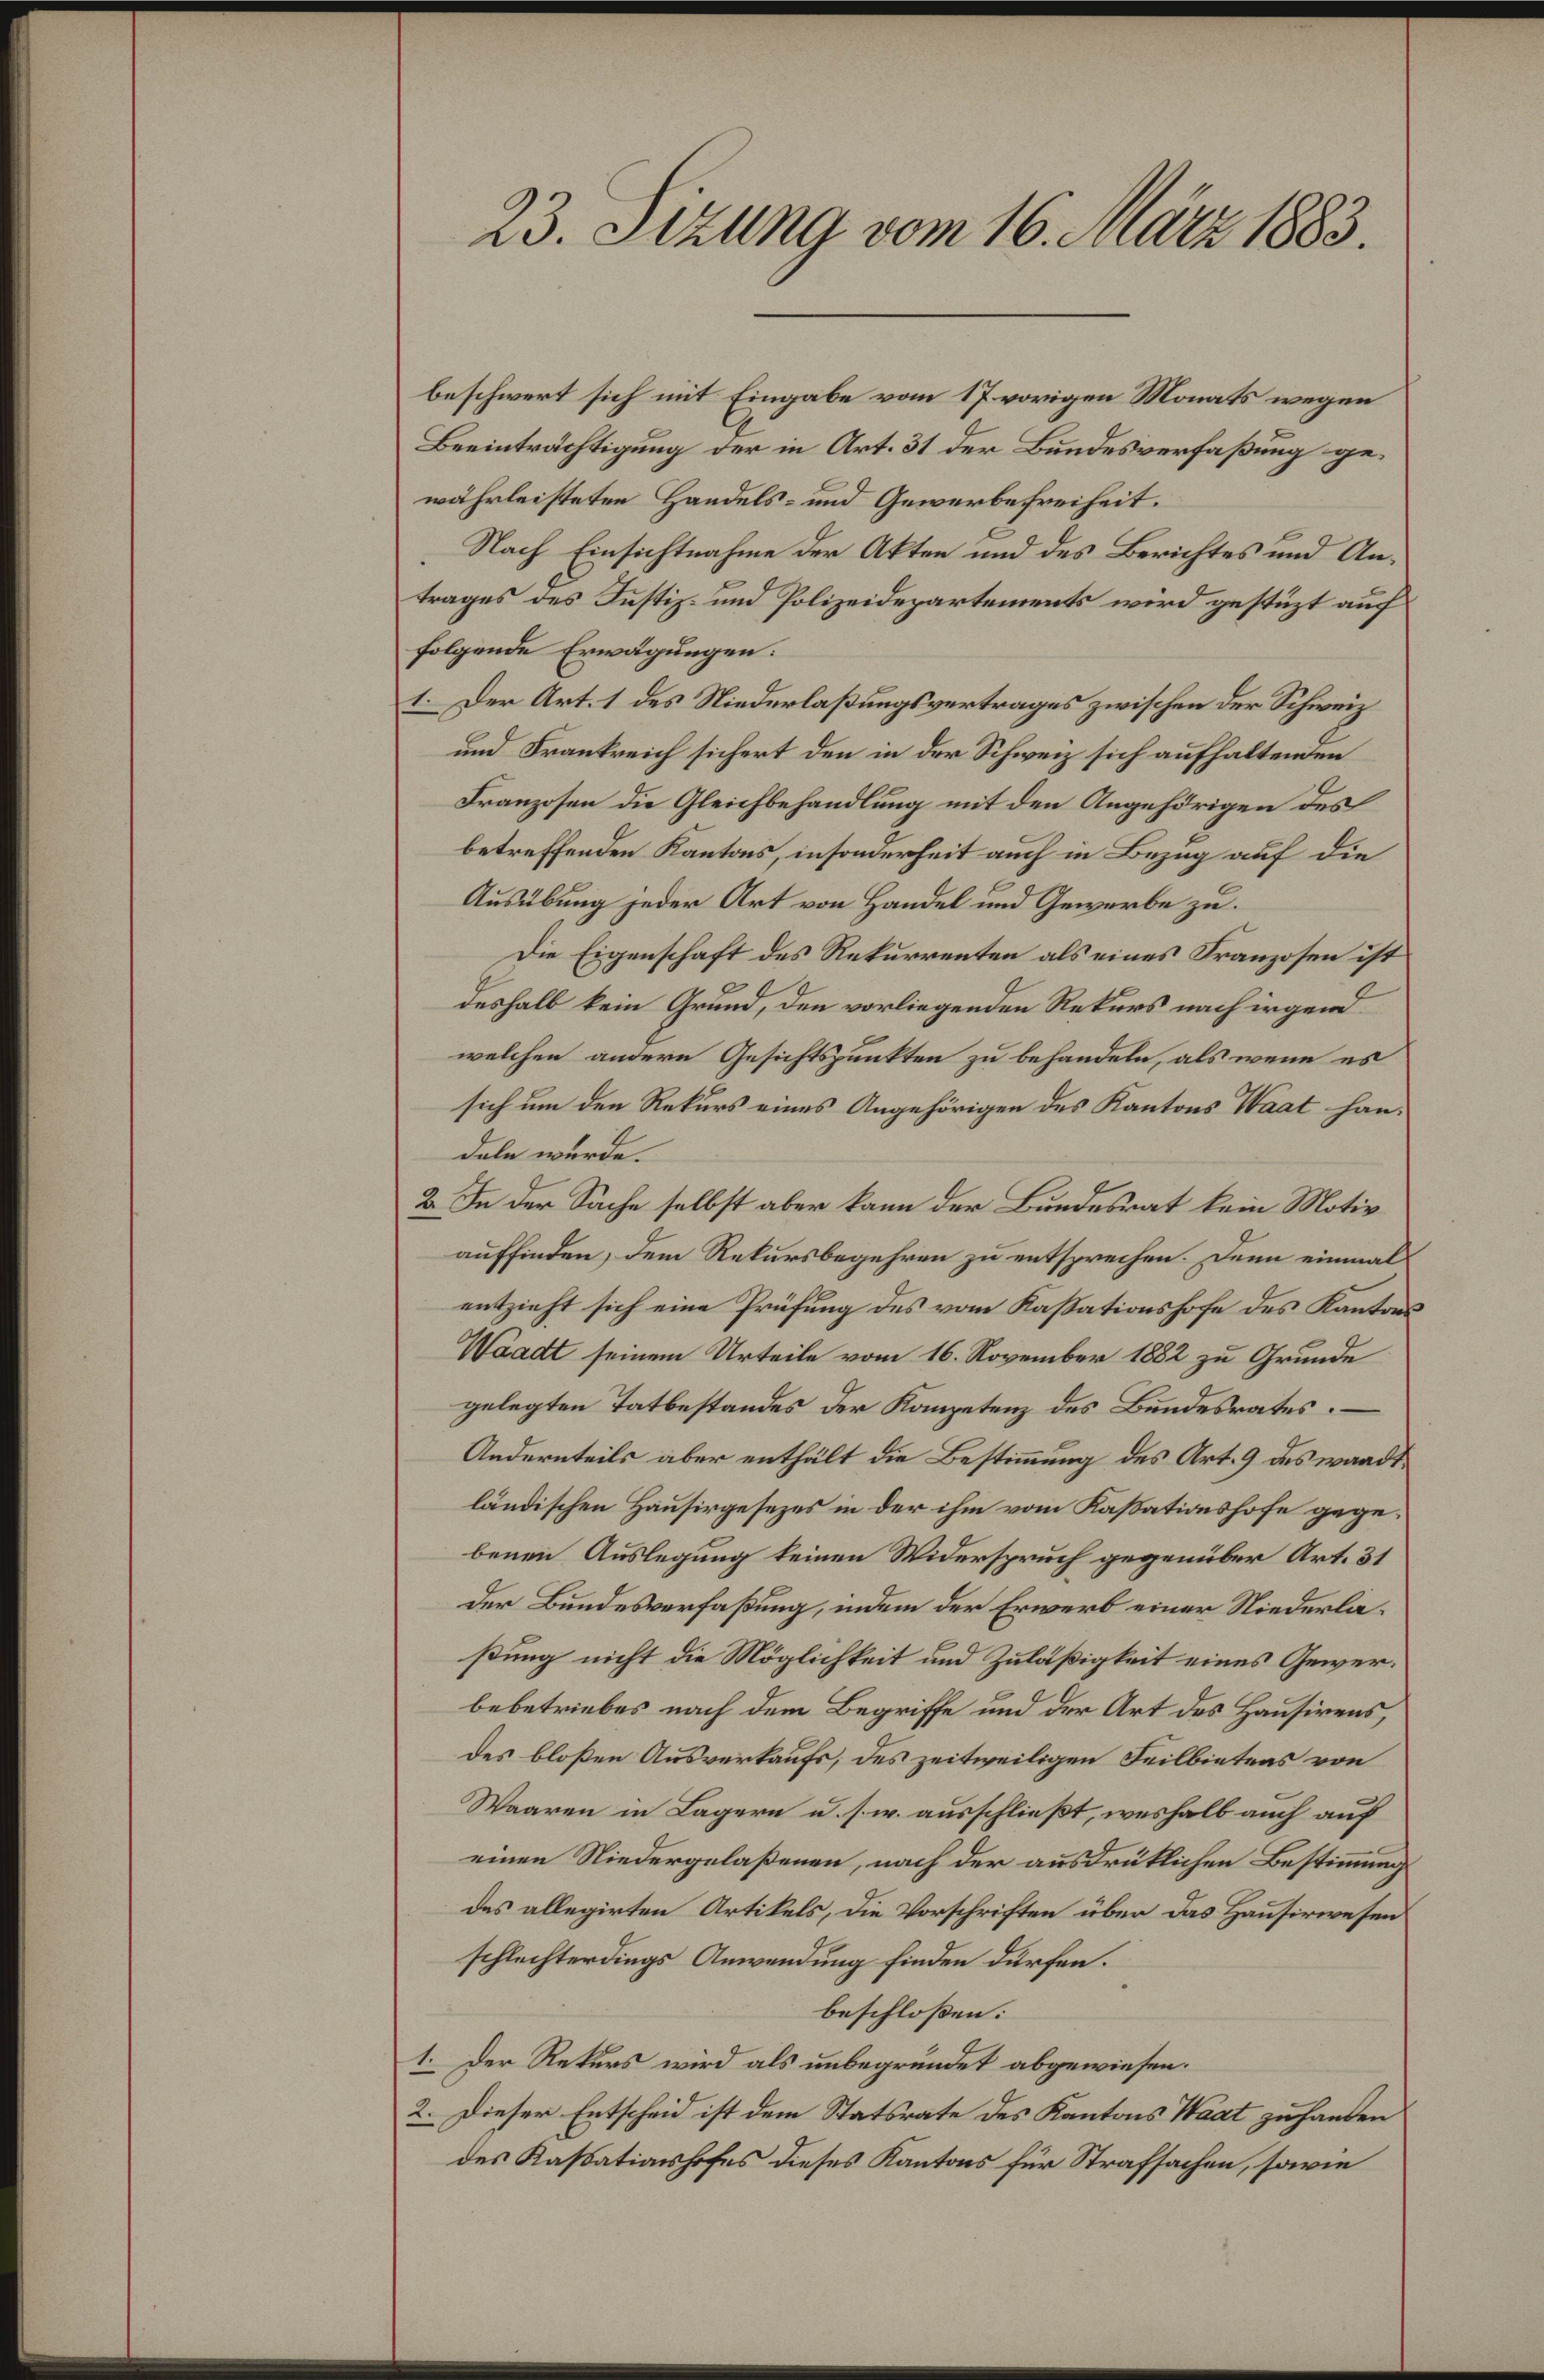
23. Sizung vom 16. März 1883.

beschwert sich mit Eingabe vom 17. vorigen Monats wegen
Beeinträchtigung der in Art. 31 der Bundesverfaßung gewährleisteten Handels- und Gewerbefreiheit.
Nach Einsichtnahme der Akten und des Berichtes und Antrages des Justiz- und Polizeidepartements wird gestüzt auf
folgende Erwägungen:
1. Der Art. 1 des Niederlaßungsvertrages zwischen der Schweiz
und Frankreich sichert den in der Schweiz sich aufhaltenden
Franzosen die Gleichbehandlung mit den Angehörigen des
betreffenden Kantons, insonderheit auch in Bezug auf die
Ausübung jeder Art von Handel und Gewerbe zu.
Die Eigenschaft des Rekurrenten als eines Franzosen ist
deshalb kein Grund, den vorliegenden Rekurs nach irgend
welchen andere Gesichtspunkten zu behandeln, als wenn es
sich um den Rekurs eines Angehörigen des Kantons Waat handeln würde.
2. In der Sache selbst aber kann der Bundesrat kein Motiv
auffinden, dem Rekursbegehren zu entsprechen. Denn einmal
entzieht sich eine Prüfung des vom Kassationshofe des Kantons
Waadt seinem Urteile vom 16. November 1882 zu Grunde
gelegten Tatbestandes der Kompetenz des Bundesrates.
Andernteils aber enthält die Bestimmung des Art. 9 des wandtländischen Hausirgesezes in der ihm vom Kassationshofe gegebenen Auslegung keinen Widerspruch gegenüber Art. 31
Der Bundesverfaßung, indem der Erwerb einer Niederlaßung nicht die Möglichkeit und Zuläßigkeit eines Gewerbebetriebes nach dem Begriffe und der Art des Hausirens,
des bloßen Ausverkaufs, des zeitweiligen Feilbietens von
Waaren in Lagern u. s. w. ausschließt, weshalb auch auf
einen Niedergelaßenen, nach der ausdrüklichen Bestimmung
des allegirten Artikels, die Vorschriften über das Hausirwesen
schlechterdings Anwendung finden dürfen.
beschloßen:
1. Der Rekurs wird als unbegründet abgewiesen.
2. Dieser Entscheid ist dem Statsrate des Kantons Waat zu handen
des Kassationshofes dieses Kantons für Strafsachen, sowie